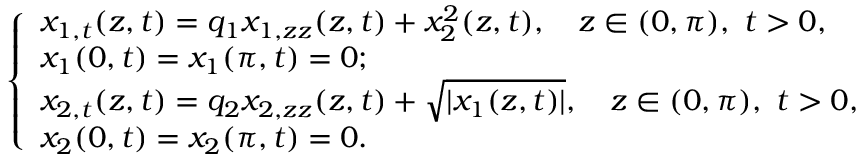
\left\{ \begin{array} { l } { { x _ { 1 , t } ( z , t ) = q _ { 1 } x _ { 1 , z z } ( z , t ) + x _ { 2 } ^ { 2 } ( z , t ) , \quad z \in ( 0 , \pi ) , \ t > 0 , } } \\ { { x _ { 1 } ( 0 , t ) = x _ { 1 } ( \pi , t ) = 0 ; } } \\ { { x _ { 2 , t } ( z , t ) = q _ { 2 } x _ { 2 , z z } ( z , t ) + \sqrt { | x _ { 1 } ( z , t ) | } , \quad z \in ( 0 , \pi ) , \ t > 0 , } } \\ { { x _ { 2 } ( 0 , t ) = x _ { 2 } ( \pi , t ) = 0 . } } \end{array} \right.